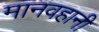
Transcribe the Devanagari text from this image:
मानवहानी